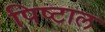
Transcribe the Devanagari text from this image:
पिष्टाल